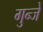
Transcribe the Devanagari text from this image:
गुन्जे